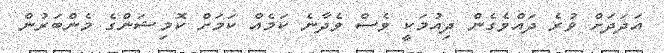
އަދަދަށް ވުރެ ދައްވެގެން ދިއުމަކީ ވެސް ވެދާނެ ކަމެއް ކަމަށް ކޮމިޝަންގެ މެންބަރުން